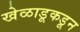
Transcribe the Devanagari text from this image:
खेळाडूकडून